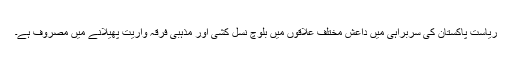
ریاست پاکستان کی سربراہی میں داعش مختلف علاقوں میں بلوچ نسل کشی اور مذہبی فرقہ واریت پھیلانے میں مصروف ہے۔